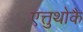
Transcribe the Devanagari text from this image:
एत्तुथोकै